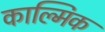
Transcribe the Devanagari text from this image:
काल्मिक